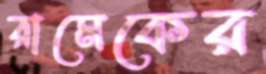
রামেকের